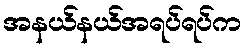
အနယ်နယ်အရပ်ရပ်က